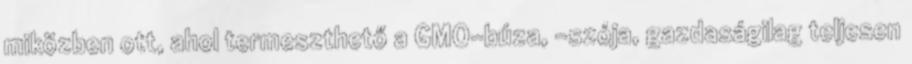
miközben ott, ahol termeszthető a GMO-búza, -szója, gazdaságilag teljesen